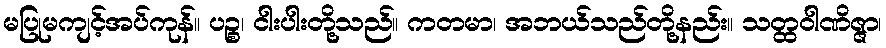
မပြုမကျင့်အပ်ကုန်။ ပဉ္စ၊ ငါးပါးတို့သည်။ ကတမာ၊ အဘယ်သည်တို့နည်း။ သတ္ထဝါဏိဇ္ဇာ၊